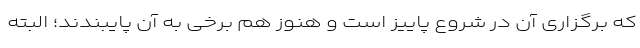
که برگزاری آن در شروع پاییز است و هنوز هم برخی به آن پایبندند؛ البته